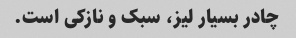
چادر بسیار لیز، سبک و نازکی است.